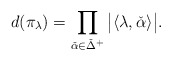
\begin{align*}d(\pi_\lambda)=\prod_{\check{\alpha}\in\check{\Delta}^+}\big|\langle\lambda,\check{\alpha}\rangle\big|.\end{align*}